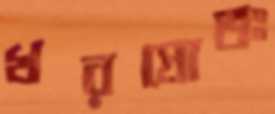
খরস্রোতঃ